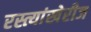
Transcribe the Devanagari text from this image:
रस्त्यांखेरीज